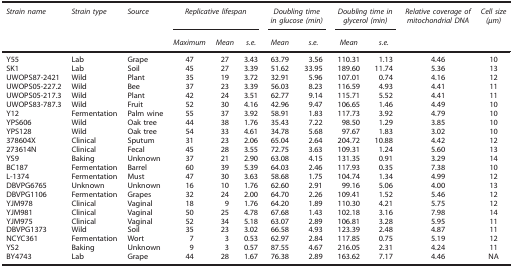
<table><thead><tr><td><b><i>Strain name</i></b></td><td><b><i>Strain type</i></b></td><td><b><i>Source</i></b></td><td colspan="3"><b><i>Replicative lifespan</i></b></td><td colspan="2"><b><i>Doubling time in glucose (min)</i></b></td><td colspan="2"><b><i>Doubling time in glycerol (min)</i></b></td><td><b><i>Relative coverage of mitochondrial DNA</i></b></td><td><b><i>Cell size (μm)</i></b></td></tr><tr><td><b> </b></td><td><b> </b></td><td><b> </b></td><td><b><i>Maximum</i></b></td><td><b><i>Mean</i></b></td><td><b><i>s.e.</i></b></td><td><b><i>Mean</i></b></td><td><b><i>s.e.</i></b></td><td><b><i>Mean</i></b></td><td><b><i>s.e.</i></b></td><td><b> </b></td><td><b> </b></td></tr></thead><tbody><tr><td>Y55</td><td>Lab</td><td>Grape</td><td>47</td><td>27</td><td>3.43</td><td>63.79</td><td>3.56</td><td>110.31</td><td>1.13</td><td>4.46</td><td>10</td></tr><tr><td>SK1</td><td>Lab</td><td>Soil</td><td>45</td><td>27</td><td>3.39</td><td>51.62</td><td>33.95</td><td>189.60</td><td>11.74</td><td>5.36</td><td>13</td></tr><tr><td>UWOPS87-2421</td><td>Wild</td><td>Plant</td><td>35</td><td>19</td><td>3.72</td><td>32.91</td><td>5.96</td><td>107.01</td><td>0.74</td><td>4.16</td><td>12</td></tr><tr><td>UWOPS05-227.2</td><td>Wild</td><td>Bee</td><td>37</td><td>23</td><td>3.39</td><td>56.03</td><td>8.23</td><td>116.59</td><td>4.93</td><td>4.41</td><td>11</td></tr><tr><td>UWOPS05-217.3</td><td>Wild</td><td>Plant</td><td>42</td><td>24</td><td>3.51</td><td>62.77</td><td>9.14</td><td>115.71</td><td>5.52</td><td>4.41</td><td>11</td></tr><tr><td>UWOPS83-787.3</td><td>Wild</td><td>Fruit</td><td>52</td><td>30</td><td>4.16</td><td>42.96</td><td>9.47</td><td>106.65</td><td>1.46</td><td>4.49</td><td>10</td></tr><tr><td>Y12</td><td>Fermentation</td><td>Palm wine</td><td>55</td><td>37</td><td>3.92</td><td>58.91</td><td>1.83</td><td>117.73</td><td>3.92</td><td>4.79</td><td>10</td></tr><tr><td>YPS606</td><td>Wild</td><td>Oak tree</td><td>44</td><td>38</td><td>1.76</td><td>35.43</td><td>7.22</td><td>98.50</td><td>1.29</td><td>3.85</td><td>10</td></tr><tr><td>YPS128</td><td>Wild</td><td>Oak tree</td><td>54</td><td>33</td><td>4.61</td><td>34.78</td><td>5.68</td><td>97.67</td><td>1.83</td><td>3.02</td><td>10</td></tr><tr><td>378604X</td><td>Clinical</td><td>Sputum</td><td>31</td><td>23</td><td>2.06</td><td>65.04</td><td>2.64</td><td>204.72</td><td>10.88</td><td>4.42</td><td>12</td></tr><tr><td>273614N</td><td>Clinical</td><td>Fecal</td><td>45</td><td>28</td><td>3.55</td><td>72.75</td><td>3.63</td><td>109.31</td><td>1.24</td><td>5.60</td><td>13</td></tr><tr><td>YS9</td><td>Baking</td><td>Unknown</td><td>37</td><td>21</td><td>2.90</td><td>63.08</td><td>4.15</td><td>131.35</td><td>0.91</td><td>3.29</td><td>14</td></tr><tr><td>BC187</td><td>Fermentation</td><td>Barrel</td><td>60</td><td>39</td><td>5.39</td><td>64.03</td><td>2.46</td><td>117.93</td><td>0.35</td><td>7.38</td><td>10</td></tr><tr><td>L-1374</td><td>Fermentation</td><td>Must</td><td>47</td><td>30</td><td>3.63</td><td>58.68</td><td>1.75</td><td>104.74</td><td>1.34</td><td>4.99</td><td>12</td></tr><tr><td>DBVPG6765</td><td>Unknown</td><td>Unknown</td><td>16</td><td>10</td><td>1.76</td><td>62.60</td><td>2.91</td><td>99.16</td><td>5.06</td><td>4.00</td><td>13</td></tr><tr><td>DBVPG1106</td><td>Fermentation</td><td>Grapes</td><td>32</td><td>24</td><td>2.00</td><td>64.70</td><td>2.26</td><td>109.41</td><td>1.52</td><td>5.46</td><td>12</td></tr><tr><td>YJM978</td><td>Clinical</td><td>Vaginal</td><td>18</td><td>9</td><td>1.76</td><td>64.20</td><td>1.89</td><td>110.30</td><td>4.21</td><td>5.75</td><td>12</td></tr><tr><td>YJM981</td><td>Clinical</td><td>Vaginal</td><td>50</td><td>25</td><td>4.78</td><td>67.68</td><td>1.43</td><td>102.18</td><td>3.16</td><td>7.98</td><td>14</td></tr><tr><td>YJM975</td><td>Clinical</td><td>Vaginal</td><td>52</td><td>34</td><td>5.18</td><td>63.07</td><td>2.89</td><td>106.81</td><td>3.28</td><td>5.95</td><td>11</td></tr><tr><td>DBVPG1373</td><td>Wild</td><td>Soil</td><td>35</td><td>23</td><td>3.02</td><td>66.58</td><td>4.93</td><td>123.39</td><td>2.48</td><td>4.87</td><td>11</td></tr><tr><td>NCYC361</td><td>Fermentation</td><td>Wort</td><td>7</td><td>3</td><td>0.53</td><td>62.97</td><td>2.84</td><td>117.85</td><td>0.75</td><td>5.19</td><td>12</td></tr><tr><td>YS2</td><td>Baking</td><td>Unknown</td><td>9</td><td>3</td><td>0.57</td><td>87.55</td><td>4.67</td><td>216.05</td><td>2.31</td><td>4.24</td><td>11</td></tr><tr><td>BY4743</td><td>Lab</td><td>Grape</td><td>44</td><td>28</td><td>1.67</td><td>76.38</td><td>2.89</td><td>163.62</td><td>7.17</td><td>4.46</td><td>NA</td></tr></tbody></table>